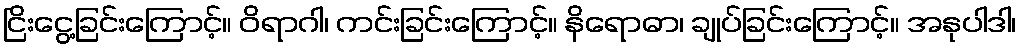
ငြိးငွေ့ခြင်းကြောင့်။ ဝိရာဂါ၊ ကင်းခြင်းကြောင့်။ နိရောဓာ၊ ချုပ်ခြင်းကြောင့်။ အနုပါဒါ၊